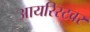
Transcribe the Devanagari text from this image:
आयरिस्टवर